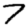
Digit: 7